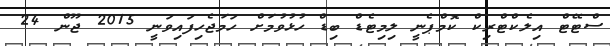
ސްޓޭޓް އިލެކްޓްރިކް ކޮމްޕެނީ ލިމިޓެޑް ބިޑް ހުޅުވުމަށް ހަމަޖެހިފައިވަނީ 2015 ޖޫން 24